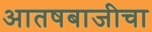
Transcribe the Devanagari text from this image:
आतषबाजीचा